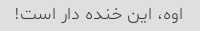
اوه، این خنده دار است!